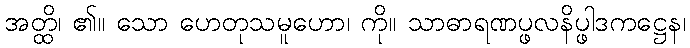
အတ္ထိ၊ ၏။ သော ဟေတုသမူဟော၊ ကို။ သာဓာရဏပ္ဖလနိပ္ဖါဒကဋ္ဌေန၊